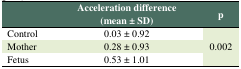
<table><thead><tr><td></td><td><b>Acceleration difference (mean ± SD)</b></td><td><b>p</b></td></tr></thead><tbody><tr><td>Control</td><td>0.03 ± 0.92</td><td rowspan="3">0.002</td></tr><tr><td>Mother</td><td>0.28 ± 0.93</td></tr><tr><td>Fetus</td><td>0.53 ± 1.01</td></tr></tbody></table>